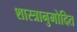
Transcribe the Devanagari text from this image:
शास्त्रानुमोदित